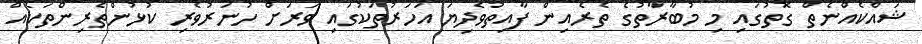
ޝައްކެއްނެތް ގޮތުގައި މި މުބާރާތުގެ ތެރެއިން ފާއިތުވެދިޔަ އަހަރުތަކުގައި ވަރަށް ހުނަރުވެރި ކުޅުންތެރިންތަކެއް